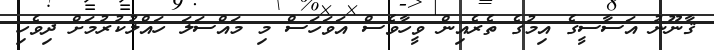
ޤާނޫނު އަސާސީގެ އިމުގެ ތެރެއިން ވީހާވެސް އަވަހަސް މި މައްސަލަ ހައްލުކުރުމަށް ދިވެހި